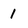
Character: 1